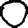
Digit: 0